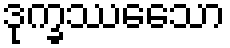
ဒုက္ခဿေသော